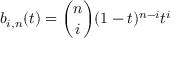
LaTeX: b _ { i , n } ( t ) = { \binom { n } { i } } ( 1 - t ) ^ { n - i } t ^ { i }